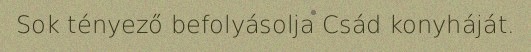
Sok tényező befolyásolja Csád konyháját.